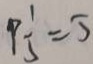
P _ { 5 } ^ { 1 } = 5